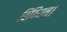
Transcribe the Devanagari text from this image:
विवियन।